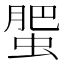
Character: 蜰